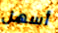
أسهل